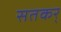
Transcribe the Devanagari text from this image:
सतकर्